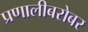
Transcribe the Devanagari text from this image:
प्रणालीबरोबर